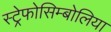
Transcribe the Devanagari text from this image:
स्ट्रेफोसिम्बोलिया